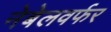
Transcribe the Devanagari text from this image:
नेबेलवर्फर